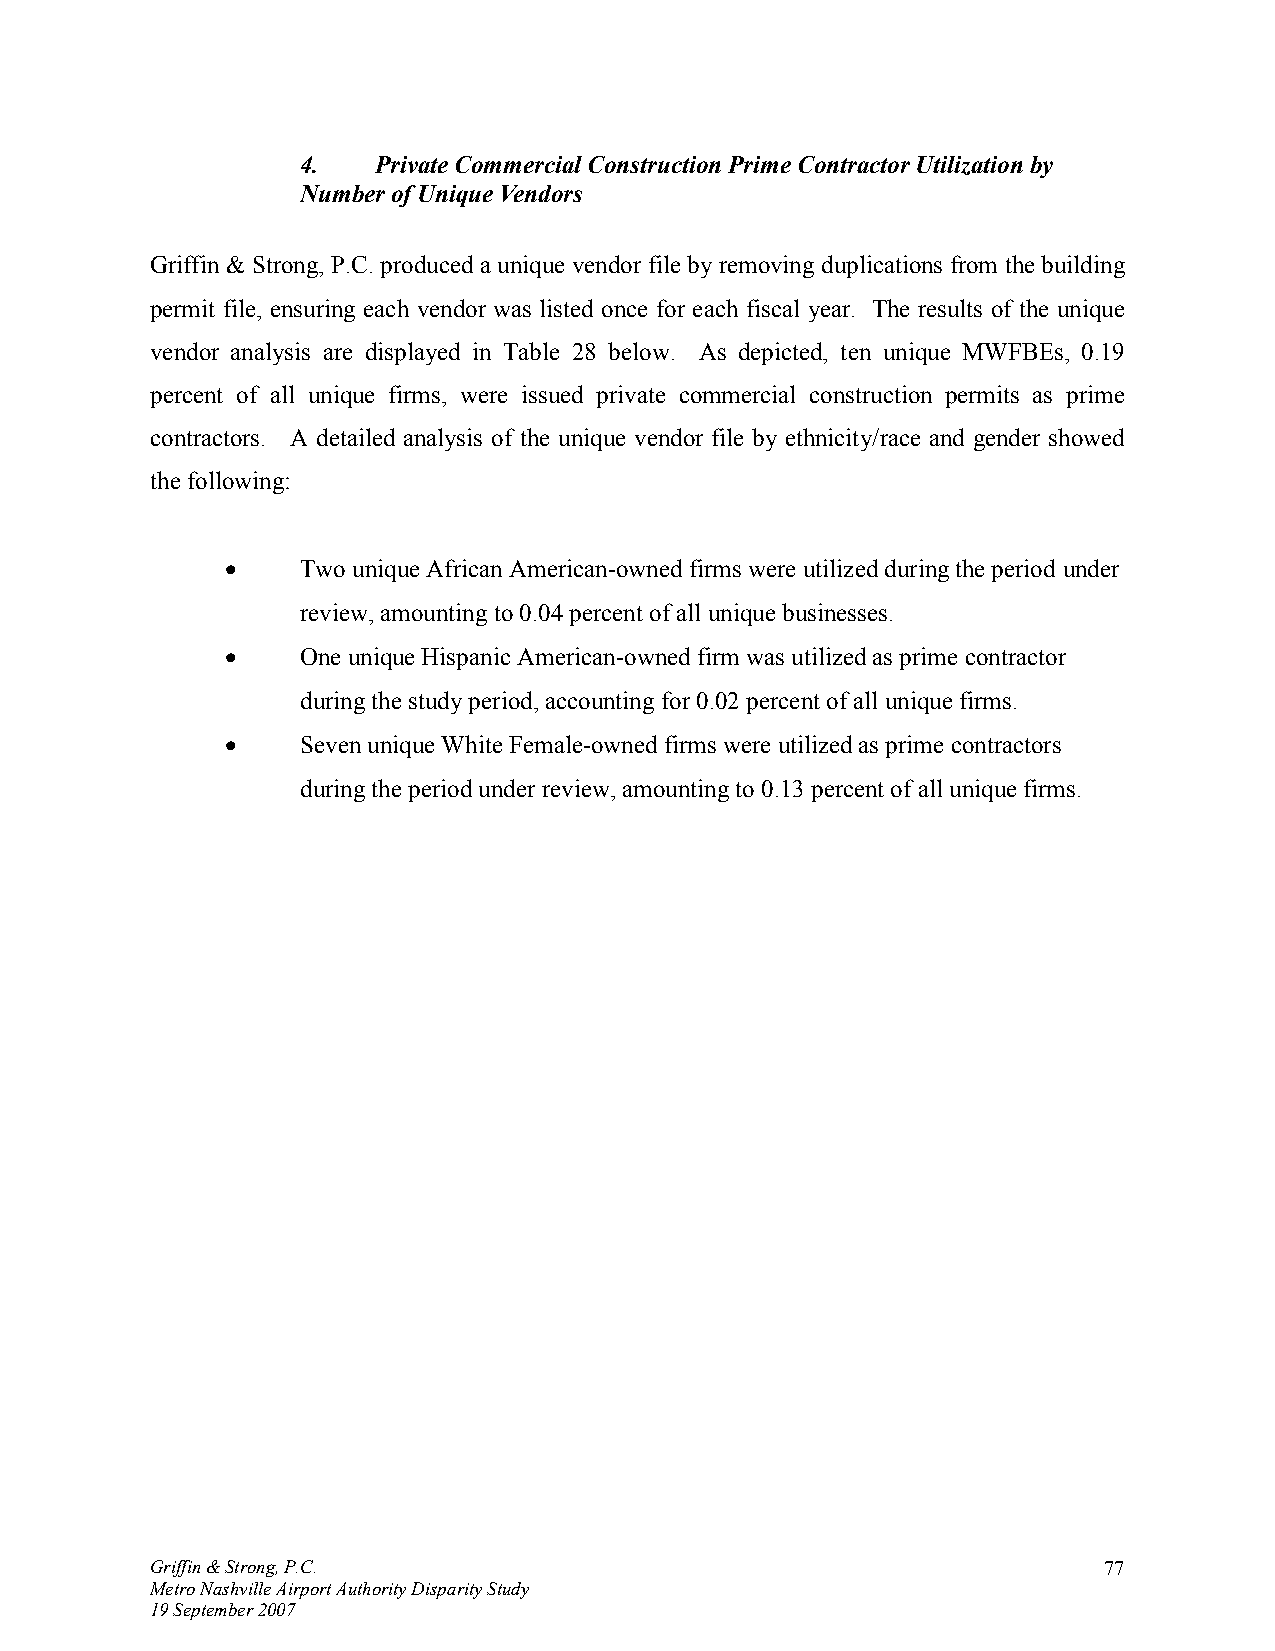
4.   Private Commercial Construction Prime Contractor Utilization by
 Number of Unique Vendors
 Griffin & Strong, P.C. produced a unique vendor file by removing duplications from the building
 permit file, ensuring each vendor was listed once for each fiscal year. The results of the unique
 vendor analysis are displayed in Table 28 below. As depicted, ten unique MWFBEs, 0.19
 percent of all unique firms, were issued private commercial construction permits as prime
 contractors. A detailed analysis of the unique vendor file by ethnicity/race and gender showed
 the following:
 •    Two unique African American-owned firms were utilized during the period under
 review, amounting to 0.04 percent of all unique businesses.
 •    One unique Hispanic American-owned firm was utilized as prime contractor
 during the study period, accounting for 0.02 percent of all unique firms.
 •    Seven unique White Female-owned firms were utilized as prime contractors
 during the period under review, amounting to 0.13 percent of all unique firms.
 Griffin & Strong, P.C.                                         77
 Metro Nashville Airport Authority Disparity Study
 19 September 2007